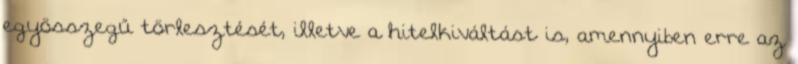
egyösszegű törlesztését, illetve a hitelkiváltást is, amennyiben erre az